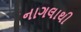
નાગલાથી